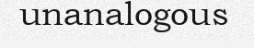
unanalogous